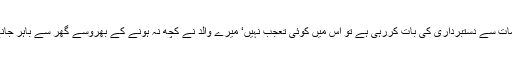
حکومت اگر مقدمات سے دستبرداری کی بات کررہی ہے تو اس میں کوئی تعجب نہیں‘ میرے والد نے کچھ نہ ہونے کے بھروسے گھر سے باہر جانے سے انکار کیا۔